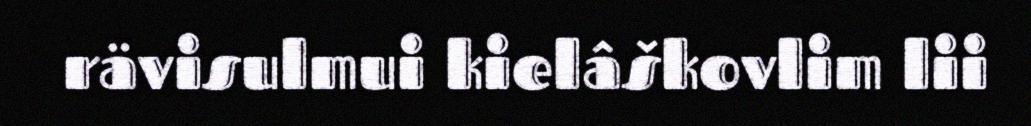
rävisulmui kielâškovlim lii